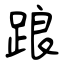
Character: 踉